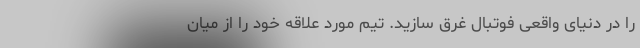
را در دنیای واقعی فوتبال غرق سازید. تیم مورد علاقه خود را از میان